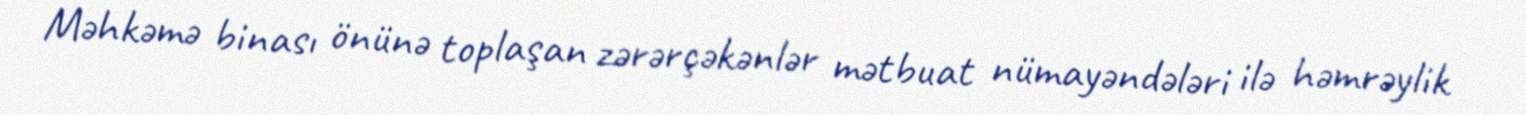
Məhkəmə binası önünə toplaşan zərərçəkənlər mətbuat nümayəndələri ilə həmrəylik